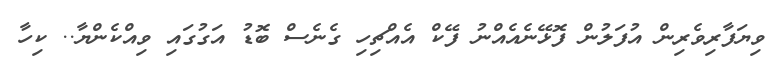
ވިޔަފާރިވެރިން އުފަލުން ފޮޅޭނެއެއްނު ފޭކް އެއްޗިހި ގެނެސް ބޮޑު އަގުގައި ވިއްކެންޔާ.. ކިހާ